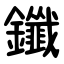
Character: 鑯